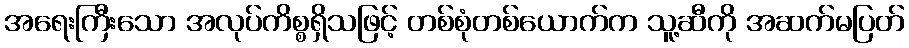
အရေးကြီးသော အလုပ်ကိစ္စရှိသဖြင့် တစ်စုံတစ်ယောက်က သူ့ဆီကို အဆက်မပြတ်